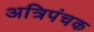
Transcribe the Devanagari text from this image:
अत्रिपंचक